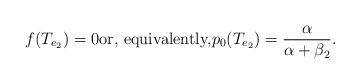
LaTeX: \begin{align*} f(T_{e_2})=0 \textrm{or, equivalently,} p_{0}(T_{e_2})=\frac{\alpha}{\alpha+\beta_2}. \end{align*}